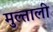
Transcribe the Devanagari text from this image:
मुल्ताली